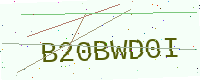
Text: B20BWD0I